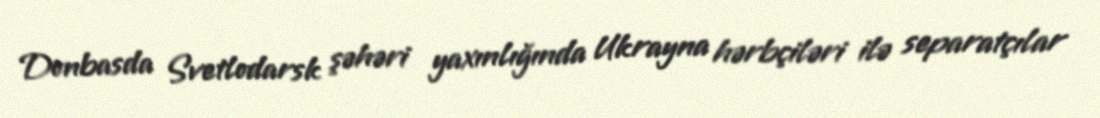
Donbasda Svetlodarsk şəhəri yaxınlığında Ukrayna hərbçiləri ilə separatçılar